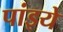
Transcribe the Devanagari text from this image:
पांइये